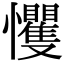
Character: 戄